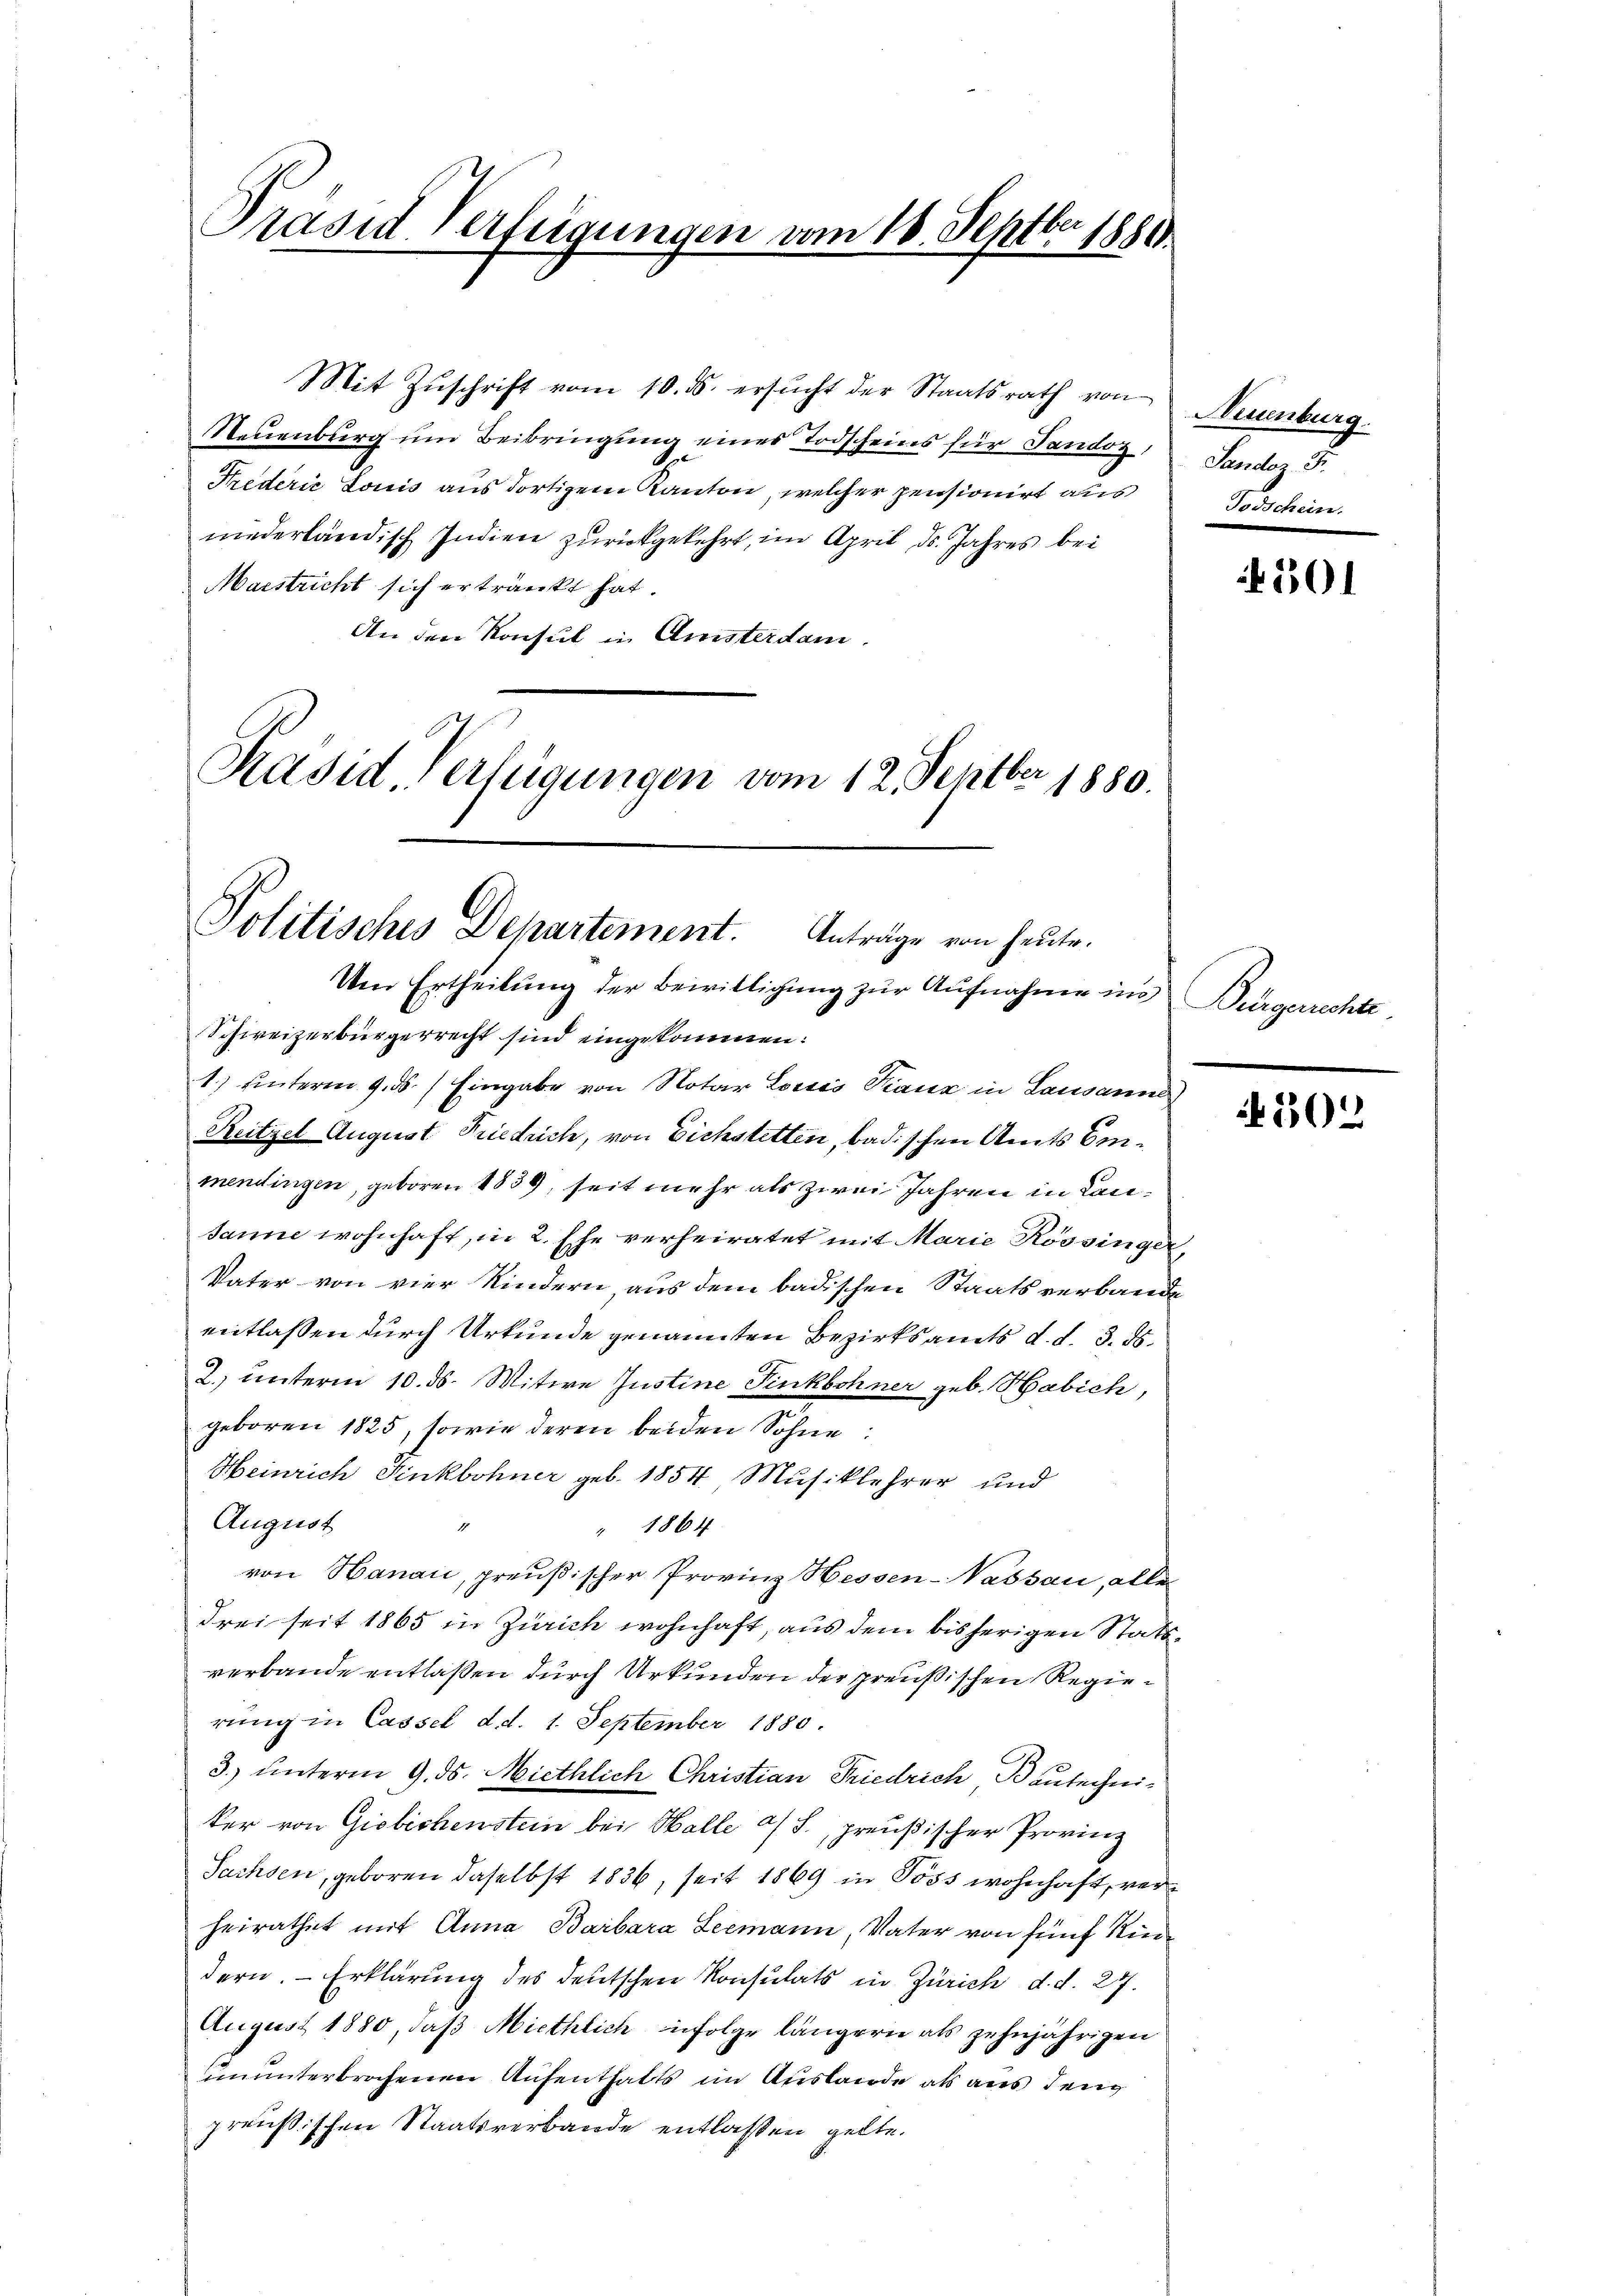
Präsid Verfügungen vom 18. Septbr 1880.

Neuenburg um Beibringung eines Todscheins für Tandoz Sandoz S.
Frederić Louis aus dortigem Kanton, welcher pensionirt aus Todschein.
niederländisch Indien zŭrückgekehrt, im April ds. Jahres bei
Maestricht sich ertränkt hat.
An den Konsul in Amsterdam.

Mit Zŭschrift vom 10. ds. ersŭcht der Staatsrath von

Präsid, Verfügungen vom 12. Septer 1880.
Politisches Departement. Anträge von heute.

ber

Um Ertheilung der Bewilligung zŭr Aŭfnahme in Bürgerrechte,
Schweizerbürgerrecht sind eingekommen:
1.) hinterm 9. ds. Eingabe von Notar Loisis Kranz in Lausanne
Reitzel August Friedrich, von Eichstetten, badischen Amts Emmendingen, geboren 1839, seit mehr als zwei Jahren in Cansanne wohnhaft, in 2. Ehe verheiratet mit Marie Rossinger,
Vater von vier Kindern, aus dem badischen Staatsverbande
entlassen durch Urkunde genannten Bezirksamts d. d. 3. ds.
2.) unterm 10. ds. Witwe Justine Finkbohner geb. Habich,
geboren 1825, sowie deren beiden Sohne
Heinrich Finkbohner geb. 1854 Musiklehrer und
August
1
" 1864
von Hanau, preußischer Provinz Hessen-Passau, alle
drei seit 1865 in Zürich wohnhaft, aus dem bisherigen Stattverbande entlaßen durch Urkunden der preußischen Regierung in Cassel d. d. 1. September 1880.
3.) unterm 9. ds. Miethlich Christian Friedrich Bautechniker von Giebichenstein bei Halle a/S., preußischer Provinz
Sachsen, geboren daselbst 1836, seit 1869 in Poss wohnhaft, verheirathet mit Anna Barbara Leemann, Vater von fünf Kindern. — Erklärung des deutschen Konsulats in Zürich d. d. 27.
August 1880, daß Miethlich infolge längern als zehnjährigen
ununterbrochenen Aufenthalts im Auslande als aus den
preußischen Staatsverbande entlassen gelte.

Neuenburg.

501

502